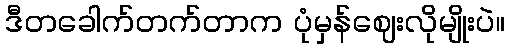
ဒီတခေါက်တက်တာက ပုံမှန်ဈေးလိုမျိုးပဲ။